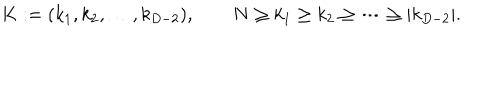
LaTeX: K : = ( k _ { 1 } , k _ { 2 } , \ldots , k _ { D - 2 } ) , \qquad N \geq k _ { 1 } \geq k _ { 2 } \geq \cdots \geq | k _ { D - 2 } | .